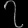
Digit: ၇